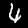
Label: 4